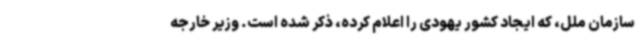
سازمان ملل، که ایجاد کشور یهودی را اعلام کرده، ذکر شده است. وزیر خارجه